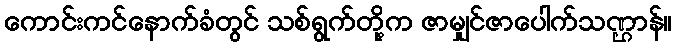
ကောင်းကင်နောက်ခံတွင် သစ်ရွက်တို့က ဇာမျှင်ဇာပေါက်သဏ္ဌာန်။